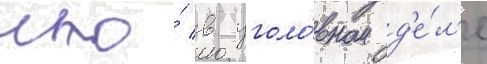
что́ в уголо́вном д'е́л'е